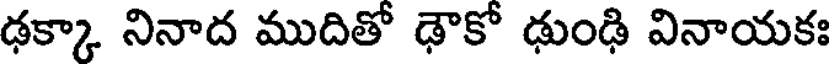
ఢక్కా నినాద ముదితో ఢౌకో ఢుంఢి వినాయకః